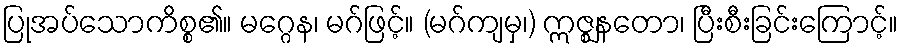
ပြုအပ်သောကိစ္စ၏။ မဂ္ဂေန၊ မဂ်ဖြင့်။ (မဂ်ကျမှ၊) ဣဇ္ဈနတော၊ ပြီးစီးခြင်းကြောင့်။